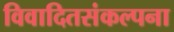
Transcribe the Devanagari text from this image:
विवादितसंकल्पना